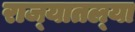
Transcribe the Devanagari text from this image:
राज्‍यातल्‍या